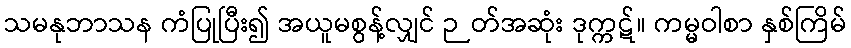
သမနုဘာသန ကံပြုပြီး၍ အယူမစွန့်လျှင် ဉတ်အဆုံး ဒုက္ကဋ်။ ကမ္မဝါစာ နှစ်ကြိမ်